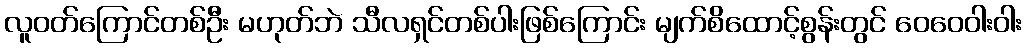
လူဝတ်ကြောင်တစ်ဦး မဟုတ်ဘဲ သီလရှင်တစ်ပါးဖြစ်ကြောင်း မျက်စိထောင့်စွန်းတွင် ဝေဝေဝါးဝါး